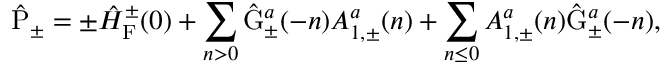
\hat { \mathrm { P } } _ { \pm } = \pm \hat { \cal H } _ { \mathrm { F } } ^ { \pm } ( 0 ) + \sum _ { n > 0 } \hat { \mathrm { G } } _ { \pm } ^ { a } ( - n ) { A } _ { 1 , \pm } ^ { a } ( n ) + \sum _ { n \leq 0 } { A } _ { 1 , \pm } ^ { a } ( n ) \hat { \mathrm { G } } _ { \pm } ^ { a } ( - n ) ,